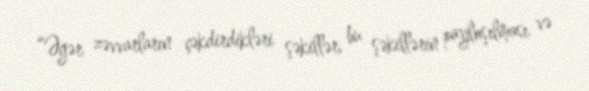
“Əgər zəvvarların çəkdirdikləri şəkillər, bu şəkillərin paylaşılması və